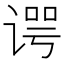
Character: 谔